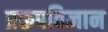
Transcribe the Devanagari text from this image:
प्ररूपविज्ञान